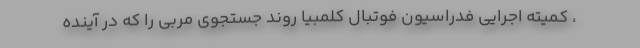
، کمیته اجرایی فدراسیون فوتبال کلمبیا روند جستجوی مربی را که در آینده